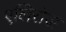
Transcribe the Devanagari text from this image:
एलिसेज